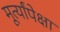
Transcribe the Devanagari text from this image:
मूर्त्यांपेक्षा